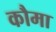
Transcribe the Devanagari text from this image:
कौमा